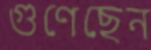
গুণেছেন